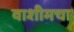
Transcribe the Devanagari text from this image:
वाशीमचा